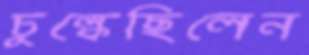
চুল্‌কেছিলেন